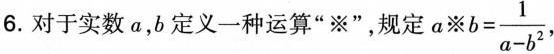
6. 对于实数 α，b 定义一种运算”※”，规定 $$a ※ b = \frac { 1 } { a - b ^ { 2 } }$$,